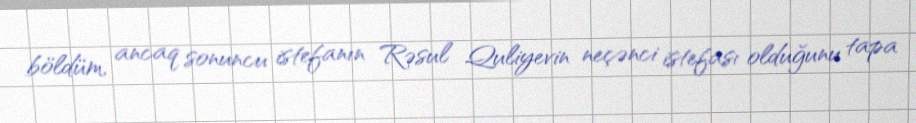
böldüm, ancaq sonuncu istefanın Rəsul Quliyevin neçənci istefası olduğunu tapa